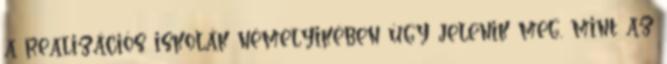
a realizációs iskolák némelyikében úgy jelenik meg, mint az